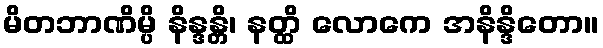
မိတဘာဏိမ္ပိ နိန္ဒန္တိ၊ နတ္ထိ လောကေ အနိန္ဒိတော။